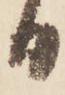
日